King Institute of Preventive Medicine Micro-Biological Section reports 1912-19
Year: 1912
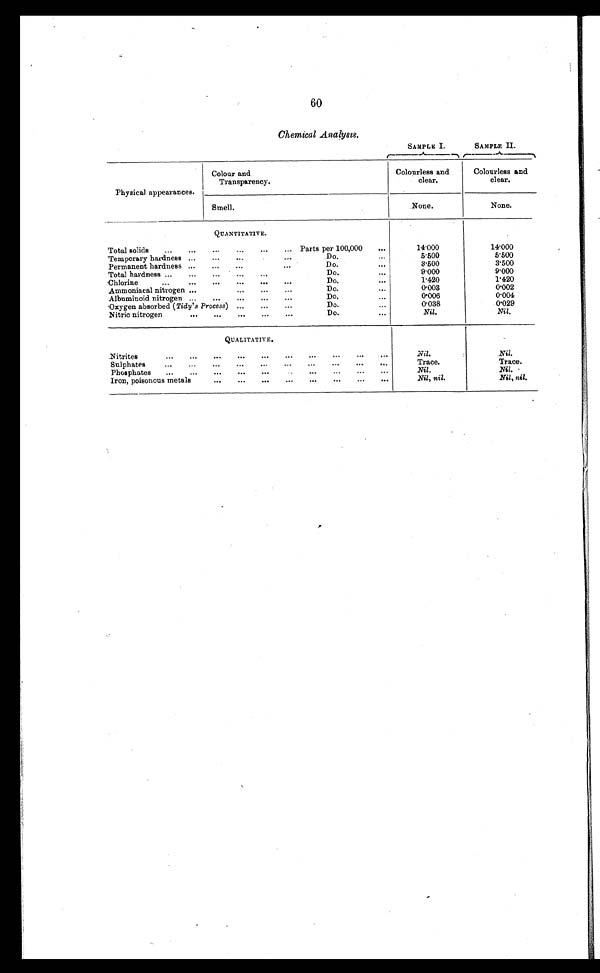
Chemical Analysis.
SAMPLE I.
SAMPLE II.
Physical appearances.
Colour and
Transparency.
Colourless and
clear.
Colourless and
clear.
Smell.
None.
None.
Total solids
...
...
QUANTITATIVE.
. . .
...
Parts per 100,000
...
14.000
14'000
Temporary hardness ...
. . .
. . .
Do.
. . .
5.500
5‘500
Permanent hardness ...
...
. . .
...
Do.
. . .
3.500
3'500
Total hardness ...
...
...
...
...
Do.
...
9.000
9'000
Chlorine
...
...
...
...
. . .
...
Do.
. . .
1.420
1'420
Ammoniacal nitrogen ...
...
...
Do.
0.003
0'002
Albuminoid nitrogen ...
...
...
...
Do.
...
0'006
0'004
'Oxygen absorbed (Tidy's Process) ...
...
Do.
...
0'038
0'029
Nitric nitrogen
...
...
. . .
...
Do.
...
Nil.
Nil.
QUALITATIVE.
-
Nitrites
...
...
...
...
...
...
...
...
...
...
Nil.
Nil.
Sulphates
...
...
...
. . .
...
...
Trace.
Trace.
Phosphates
...
. . .
. . .
...
...
...
...
Nil.
Nil. •
Iron, poisonous metals
. . .
...
...
...
...
...
. . .
. . .
Nil, nil.
Nil, nil.